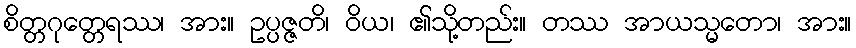
စိတ္တဂုတ္တေရဿ၊ အား။ ဥပ္ပဇ္ဇတိ၊ ဝိယ၊ ၏သို့တည်း။ တဿ အာယသ္မတော၊ အား။